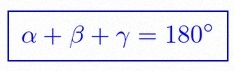
\alpha+\beta+\gamma=180^\circ